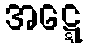
အဋ္ဋေ